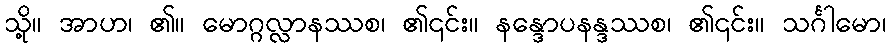
သို့။ အာဟ၊ ၏။ မောဂ္ဂလ္လာနဿစ၊ ၏၎င်း။ နန္ဒောပနန္ဒဿစ၊ ၏၎င်း။ သင်္ဂါမော၊